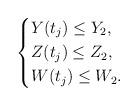
LaTeX: \begin{align*}\left\{\begin{aligned}&Y(t_{j})\leq Y_2,\\&Z(t_j)\leq Z_2,\\&W(t_j)\leq W_2.\end{aligned}\right.\end{align*}